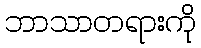
ဘာသာတရားကို